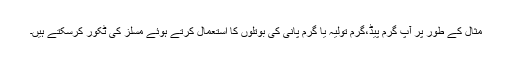
مثال کے طور پر آپ گرم پیڈ،گرم تولیہ یا گرم پانی کی بوتلوں کا استعمال کرتے ہوئے مسلز کی ٹکور کرسکتے ہیں۔